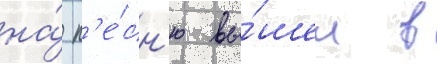
на́ п'е́сн'ю вы́шел в